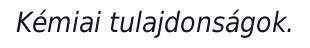
Kémiai tulajdonságok.